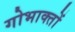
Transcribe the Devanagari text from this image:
गोभाक्तों